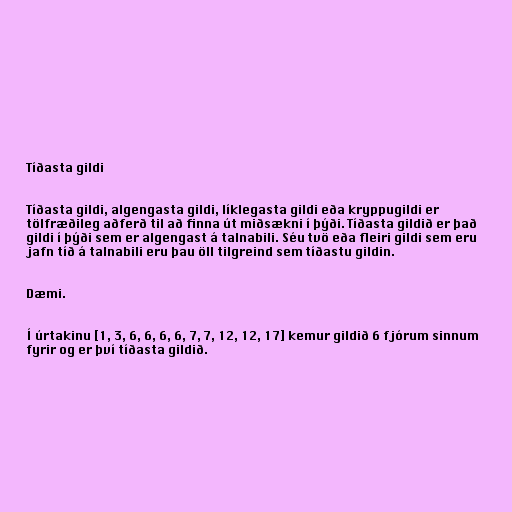
Tíðasta gildi

Tíðasta gildi, algengasta gildi, líklegasta gildi eða kryppugildi er
tölfræðileg aðferð til að finna út miðsækni í þýði. Tíðasta gildið er það
gildi í þýði sem er algengast á talnabili. Séu tvö eða fleiri gildi sem eru
jafn tíð á talnabili eru þau öll tilgreind sem tíðastu gildin.

Dæmi.

Í úrtakinu [1, 3, 6, 6, 6, 6, 7, 7, 12, 12, 17] kemur gildið 6 fjórum sinnum
fyrir og er því tíðasta gildið.